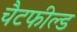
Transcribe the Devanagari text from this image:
चैटफील्ड